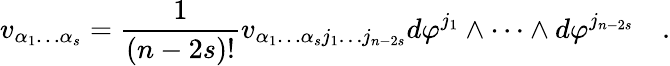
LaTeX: v_{\alpha_{1}\dots\alpha_{s}}={\frac{1}{(n-2s)!}}v_{\alpha_{1}\dots\alpha_{s}j_{1}\dots j_{n-2s}}d\varphi^{j_{1}}\wedge\dots\wedge d\varphi^{j_{n-2s}}\quad.